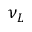
\nu _ { L }